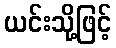
ယင်းသို့ဖြင့်